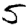
Digit: 5